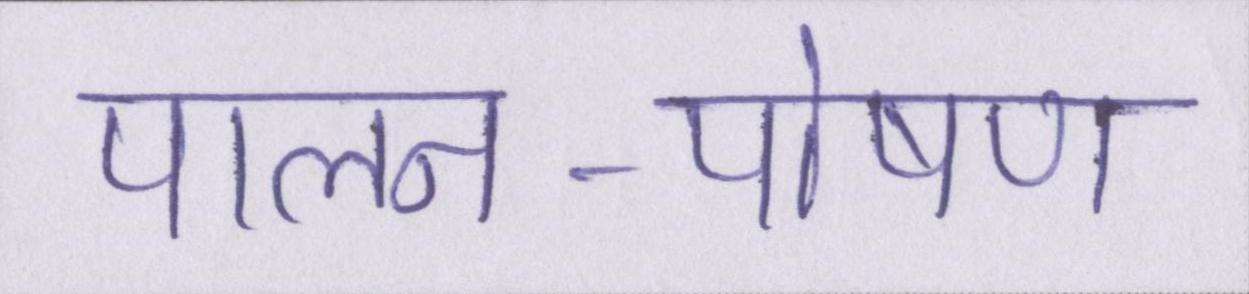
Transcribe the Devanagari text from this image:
पालन-पोषण